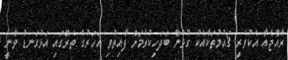
ރާއްޖެއާ އެކުވެރި ޤައުމުތަކާއެކު ގުޅުން ބަދަހިކުރުމަށް ފާއިތުވި އަހަރުގެ ތެރޭގައި އަޅުގަނޑު ވާނީ